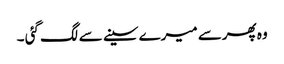
وہ پھرسے میرے سینے سے لگ گئی ۔